Scottish Leaving Certificate Examination, 1959
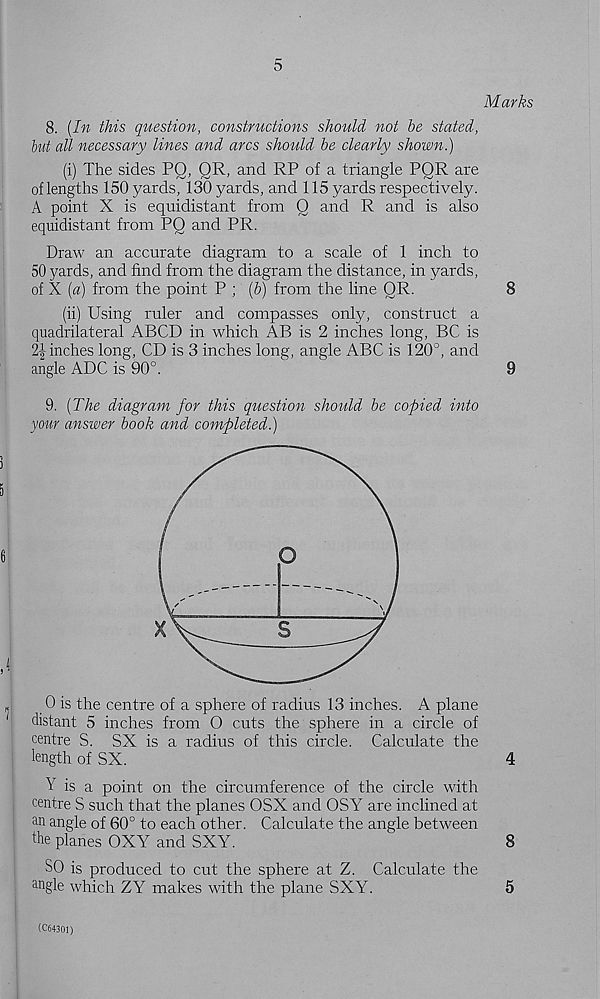
5
Marks
8. [In this question, constructions should not he stated,
hut all necessary lines and arcs should he clearly shown.)
(i) The sides PQ, QR, and RP of a triangle PQR are
of lengths 150 yards, 130 yards, and 115 yards respectively.
A point X is equidistant from Q and R and is also
equidistant from PO and PR.
Draw an accurate diagram to a scale of 1 inch to
50 yards, and find from the diagram the distance, in yards,
of X {a) from the point P ; (b) from the line OR.
8
(ii) Using ruler and compasses only, construct a
quadrilateral ABCD in which AB is 2 inches long, BC is
24 inches long, CD is 3 inches long, angle ABC is 120°, and
angle ADC is 90°.
9
9. [The diagram for this question should be copied into
your answer hook and completed.)
„
0 is the centre of a sphere of radius 13 inches. A plane
'
distant 5 inches from O cuts the sphere in a circle of
centre S. SX is a radius of this circle. Calculate the
length of SX.
4
Y is a point on the circumference of the circle with
centre S such that the planes OSX and OSY are inclined at
an angle of 60° to each other. Calculate the angle between
the planes OXY and SXY.
8
SO is produced to cut the sphere at Z. Calculate the
angle which ZY makes with the plane SXY.
5
(C64301)